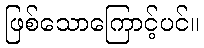
ဖြစ်သောကြောင့်ပင်။